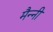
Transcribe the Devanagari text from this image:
मैन्नी